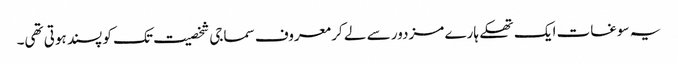
یہ سوغات ایک تھکے ہارے مزدور سے لے کر معروف سماجی شخصیت تک کو پسند ہوتی تھی۔